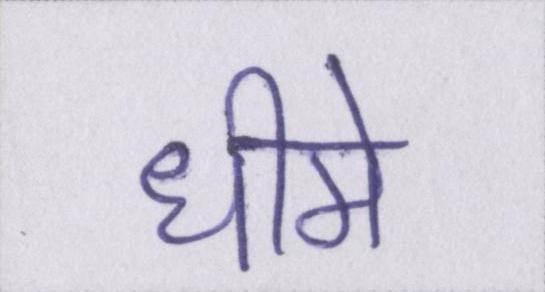
धीमे